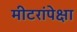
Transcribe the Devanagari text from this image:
मीटरांपेक्षा